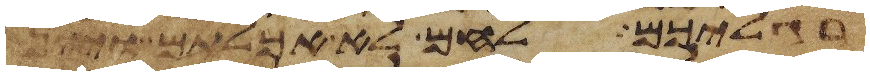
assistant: רגליכם לחם לא אכלתם ויין